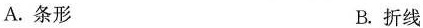
A.条形 B.折线